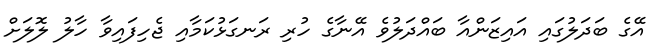
އޭގެ ބަދަލުގައި އައިޒަންއާ ބައްދަލުވެ އޭނާގެ ހުރި ރަނގަޅުކަމާއި ޖެހިފައިވާ ހާލު ލޮލަށް